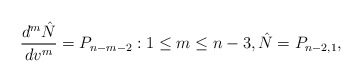
\begin{align*} \frac{d^m\hat{N}}{dv^m}=P_{n-m-2}:1\leq m\leq n-3,\hat{N}=P_{n-2,1},\end{align*}